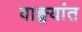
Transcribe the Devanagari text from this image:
वाङ्मयांत